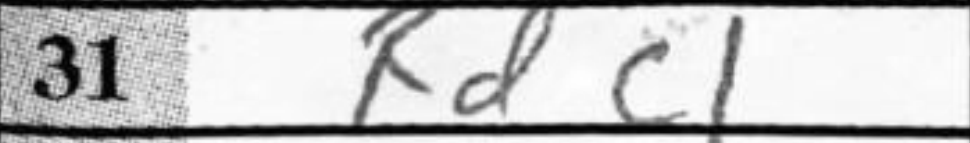
Transcription: Rdc1